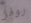
روفر